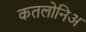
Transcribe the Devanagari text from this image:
कतलोनिअ